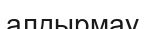
алдырмау